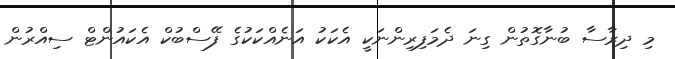
މި ދިރާސާ ބުނާގޮތުން ގިނަ ދެމަފިރިންނަކީ އެކަކު އަނެއްކަކުގެ ފޭސްބުކް އެކައުންޓް ސިއްރުން